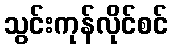
သွင်းကုန်လိုင်စင်